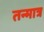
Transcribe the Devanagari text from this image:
तन्मात्र